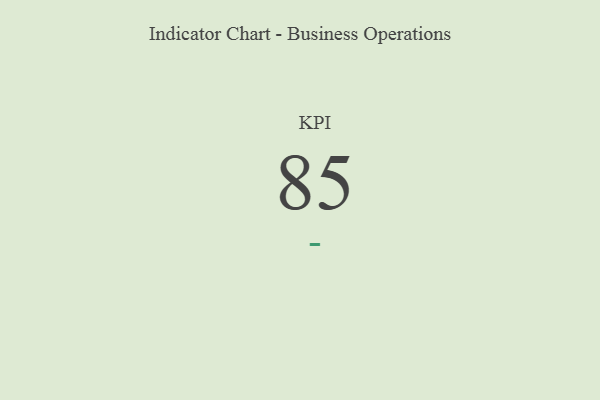
{"axis": {"x": "KPI", "y": "Value"}, "legend": [""], "data": [{"x": "KPI", "y": 85, "type": ""}]}